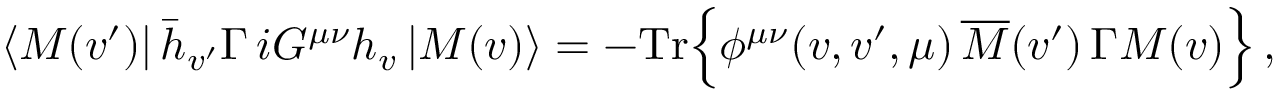
\langle M ( v ^ { \prime } ) | \, \bar { h } _ { v ^ { \prime } } \Gamma \, i G ^ { \mu \nu } h _ { v } \, | M ( v ) \rangle = - \mathrm { T r } \Big \{ \phi ^ { \mu \nu } ( v , v ^ { \prime } , \mu ) \, \overline { { { \cal M } } } ( v ^ { \prime } ) \, \Gamma { \cal M } ( v ) \Big \} \, ,